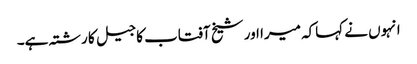
انہوں نے کہاکہ میرا اور شیخ آفتاب کا جیل کا رشتہ ہے۔